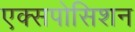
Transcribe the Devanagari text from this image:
एक्सपोसिशन